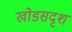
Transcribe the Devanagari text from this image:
खोडसदृश